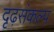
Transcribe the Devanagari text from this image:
दृढ़संकल्प